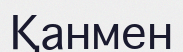
Қанмен